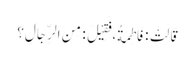
قَالَتْ : فَاطِمَةُ، فَقِیْلَ : مِنَ الرِّجَالِ؟